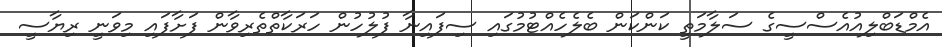
އެމްޑަބްލިއުއެސްސީގެ ސަލާމަތީ ކަންކަން ބެލެހެއްޓުމުގައި ސިފައިނާ ފުލުހުން ހަރަކާތްތެރިވާން ފަށާފައި މިވަނީ ރިޔާސީ